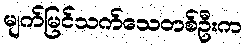
မျက်မြင်သက်သေတစ်ဦးက